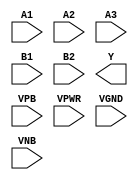
module sky130_fd_sc_hdll__a32oi (
    //# {{data|Data Signals}}
    input  A1  ,
    input  A2  ,
    input  A3  ,
    input  B1  ,
    input  B2  ,
    output Y   ,

    //# {{power|Power}}
    input  VPB ,
    input  VPWR,
    input  VGND,
    input  VNB
);
endmodule